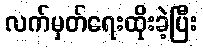
လက်မှတ်ရေးထိုးခဲ့ပြီး